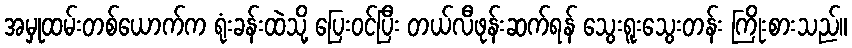
အမှုထမ်းတစ်ယောက်က ရုံးခန်းထဲသို့ ပြေးဝင်ပြီး တယ်လီဖုန်းဆက်ရန် သွေးရူးသွေးတန်း ကြိုးစားသည်။